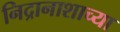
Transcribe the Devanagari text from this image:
निद्रानाशाच्या